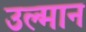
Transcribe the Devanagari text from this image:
उल्मान